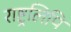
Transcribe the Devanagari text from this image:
राष्ट्रलिपि